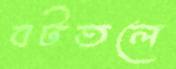
বটতলে